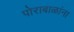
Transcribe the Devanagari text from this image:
पोराबाळांना